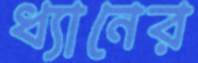
ধ্যানের